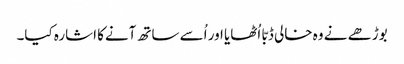
بوڑھے نے وہ خالی ڈبّا اُٹھایا اور اُسے ساتھ آنےکا اشارہ کیا۔